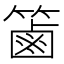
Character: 𥱾